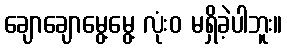
ချောချောမွေ့မွေ့ လုံးဝ မရှိခဲ့ပါဘူး။